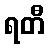
ရတီ